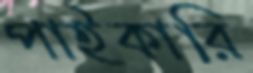
পাইকারি